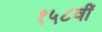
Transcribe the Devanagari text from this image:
१५८वीं